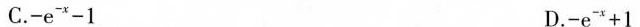
C.$$- e ^ { - x } - 1$$ D.$$- e ^ { - x } + 1$$